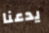
يدعنا